Annual report of the Punjab Veterinary College and of the Civil Veterinary Department, Punjab - 1894-1908
Year: 1894
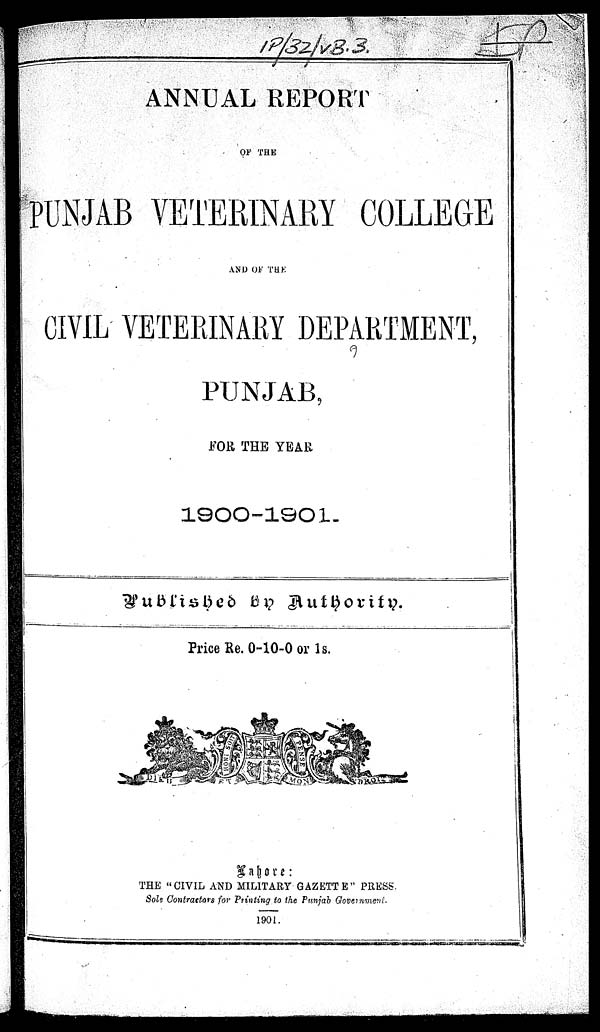
ANNUAL REPORT
OF THE
PUNJAB VETERINARY COLLEGE
AND OF THE
CIVIL VETERINARY DEPARTMENT,
PUNJAB,
FOR THE YEAR
1900-1901.
Published by Authority.
Price Re. 0-10-0 or 1s.
Lahore:
THE "CIVIL AND MILITARY GAZETTE" PRESS.
Sole Contractors for Printing to the Punjab Government.
1901.